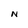
Character: N